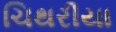
ચિથરીયા